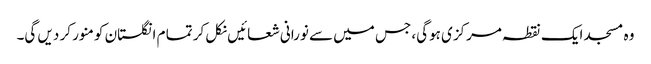
وہ مسجد ایک نقطہ مرکزی ہوگی، جس میں سے نورانی شعائیں نکل کر تما م انگلستان کو منور کر دیں گی۔